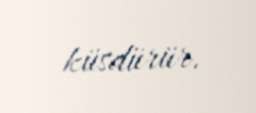
küsdürür.